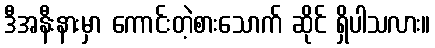
ဒီအနီးနားမှာ ကောင်းတဲ့စားသောက် ဆိုင် ရှိပါသလား။